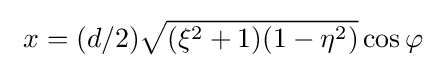
\ x=(d/2){\sqrt {(\xi ^{2}+1)(1-\eta ^{2})}}\cos \varphi